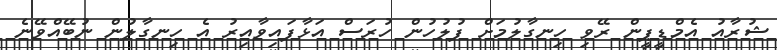
ޝުރާއު އެމްޑީޕީން ރޭވި ހިނގާލުމަށް ފުލުހުން ހުރަސް އަޅާފައިވާއިރު އެ ހިނގާލުން ނުބޭއްވޭނެ